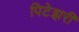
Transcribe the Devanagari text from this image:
पिटेझरी